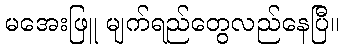
မအေးဖြူ မျက်ရည်တွေလည်နေပြီ။